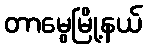
တာမွေမြို့နယ်